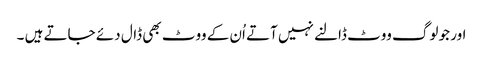
اور جو لوگ ووٹ ڈالنے نہیں آتے اُن کے ووٹ بھی ڈال دئے جاتے ہیں ۔